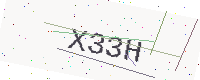
Text: X33H